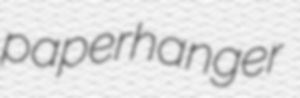
paperhanger